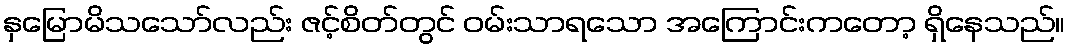
နှမြောမိသသော်လည်း ဇင့်စိတ်တွင် ဝမ်းသာရသော အကြောင်းကတော့ ရှိနေသည်။